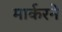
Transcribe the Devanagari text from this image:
मार्करने